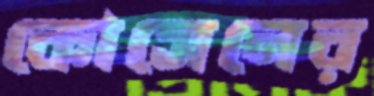
কোসেনের